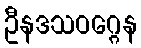
ဦနဒသဝဂ္ဂေန